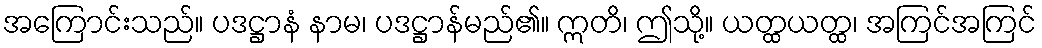
အကြောင်းသည်။ ပဒဋ္ဌာနံ နာမ၊ ပဒဋ္ဌာန်မည်၏။ ဣတိ၊ ဤသို့။ ယတ္ထယတ္ထ၊ အကြင်အကြင်